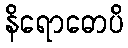
နိရောဓောပိ